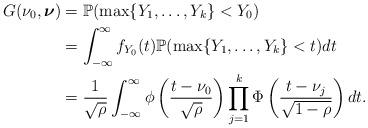
LaTeX: \begin{align*}G(\nu_0, \boldsymbol{\nu}) &= \mathbb{P}(\max \{ Y_1, \dots, Y_k \} < Y_0) \\&= \int_{-\infty}^{\infty} f_{Y_0}(t) \mathbb{P}(\max \{ Y_1, \dots, Y_k \} < t) dt \\&= \frac{1}{\sqrt{\rho}} \int_{-\infty}^{\infty} \phi \left ( \frac{t-\nu_0}{\sqrt{\rho}} \right ) \prod_{j=1}^k \Phi \left ( \frac{t-\nu_j}{\sqrt{1-\rho}} \right ) dt.\end{align*}